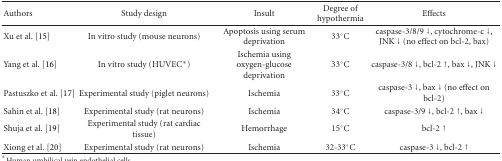
<table><thead><tr><td><b>Authors</b></td><td><b>Study design</b></td><td><b>Insult</b></td><td><b>Degree of hypothermia</b></td><td><b>Effects</b></td></tr></thead><tbody><tr><td>Xu et al. [15]</td><td>In vitro study (mouse neurons)</td><td>Apoptosis using serum deprivation</td><td>33°C</td><td>caspase-3/8/9 ↓, cytochrome-c ↓, JNK ↓ (no effect on bcl-2, bax)</td></tr><tr><td>Yang et al. [16]</td><td>In vitro study (HUVEC*)</td><td>Ischemia using oxygen-glucose deprivation</td><td>33°C</td><td>caspase-3/8 ↓, bcl-2 ↑, bax ↓, JNK ↓</td></tr><tr><td>Pastuszko et al. [17]</td><td>Experimental study (piglet neurons)</td><td>Ischemia</td><td>33°C</td><td>caspase-3 ↓, bax ↓ (no effect on bcl-2)</td></tr><tr><td>Sahin et al. [18]</td><td>Experimental study (rat neurons)</td><td>Ischemia</td><td>34°C</td><td>caspase-3/9 ↓, bcl-2 ↑, bax ↓</td></tr><tr><td>Shuja et al. [19]</td><td>Experimental study (rat cardiac tissue)</td><td>Hemorrhage</td><td>15°C</td><td>bcl-2 ↑</td></tr><tr><td>Xiong et al. [20]</td><td>Experimental study (rat neurons)</td><td>Ischemia</td><td>32-33°C</td><td>caspase-3 ↓, bcl-2 ↑</td></tr></tbody></table>